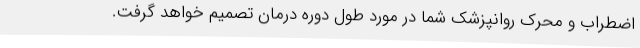
اضطراب و محرک روانپزشک شما در مورد طول دوره درمان تصمیم خواهد گرفت.